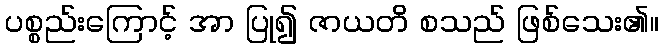
ပစ္စည်းကြောင့် အာ ပြု၍ ဇာယတိ စသည် ဖြစ်သေး၏။